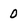
Character: 0